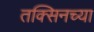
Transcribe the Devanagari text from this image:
तक्सिनच्या